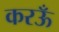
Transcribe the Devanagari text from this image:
करऊँ